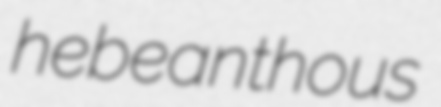
hebeanthous